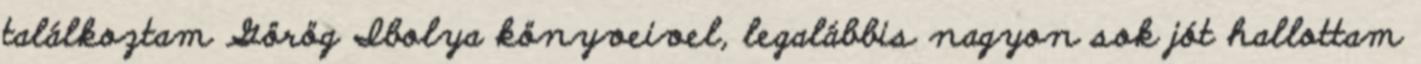
találkoztam Görög Ibolya könyveivel, legalábbis nagyon sok jót hallottam